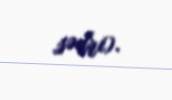
sədri).